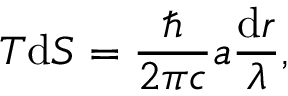
T \mathrm { d } S = \frac { \hbar } { 2 \pi c } a \frac { \mathrm { d } r } { \lambda } ,